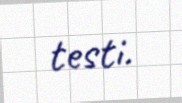
testi.